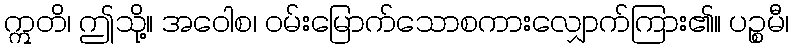
ဣတိ၊ ဤသို့။ အဝေါစ၊ ဝမ်းမြောက်သောစကားလျှောက်ကြား၏။ ပဉ္စမီ၊